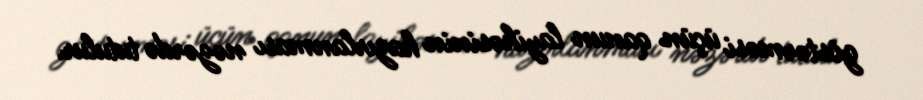
göstərməsi üçün qanun layihəsinin hazırlanması nəzərdə tutulur.